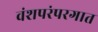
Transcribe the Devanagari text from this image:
वंशपरंपरगात